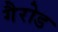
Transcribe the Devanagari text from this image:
गैरोड